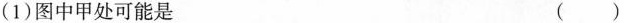
(1)图中甲处可能是 （ ）